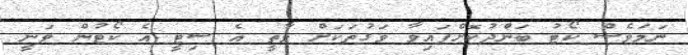
ނަމަވެސް ކޯޓު ބަންދުކޮށްފައިވާ ވަގުތަކަށް ވާތީ އެ ސިޓީ އެ ކޯޓުން ވަނީ